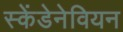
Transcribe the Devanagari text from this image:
स्केंडेनेवियन